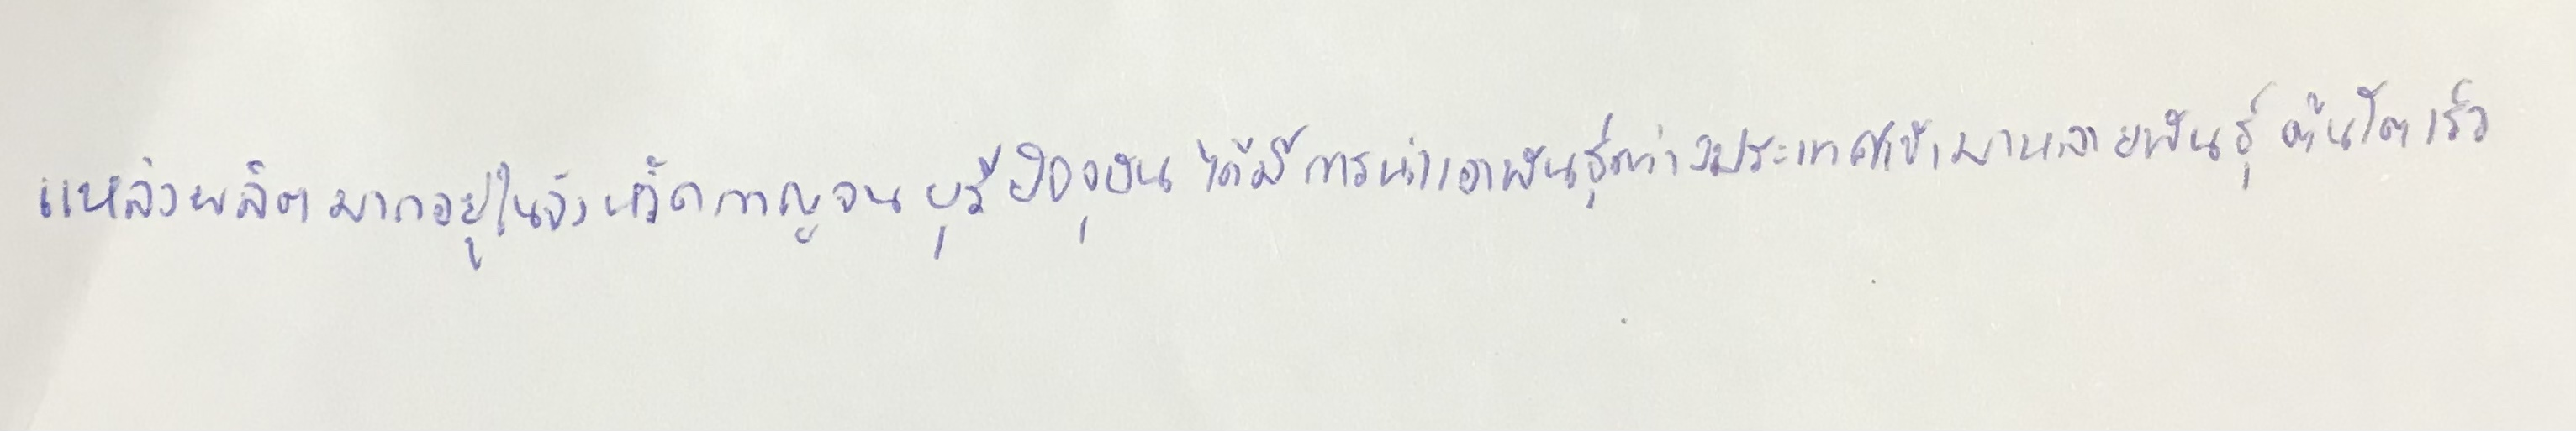
แหล่งผลิตมากอยู่ในจังหวัดกาญจนบุรีปัจจุบันได้มีการนำเอาพันธุ์ต่างประเทศเข้ามาหลายพันธุ์ต้นโตเร็ว